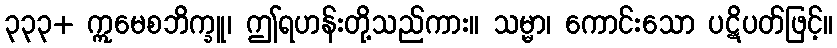
၃၃၃+ ဣမေစဘိက္ခူ၊ ဤရဟန်းတို့သည်ကား။ သမ္မာ၊ ကောင်းသော ပဋိပတ်ဖြင့်။